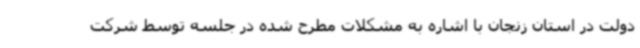
دولت در استان زنجان با اشاره به مشکلات مطرح شده در جلسه توسط شرکت